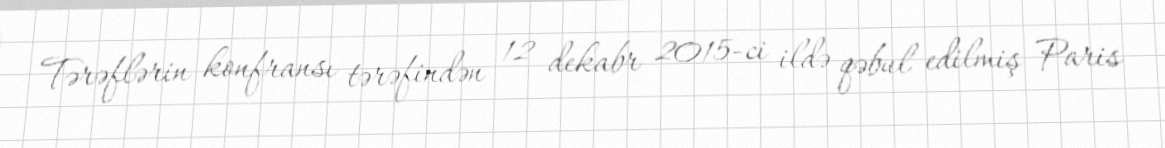
Tərəflərin konfransı tərəfindən 12 dekabr 2015-ci ildə qəbul edilmiş Paris